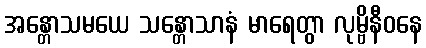
အန္တောသမယေ သန္တောသာနံ မာရေတွာ လုမ္ဗိနီဝနေ